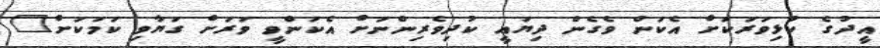
އީދުގެ ކުޅިވަރަކަށް އެކަން ވެގެން ދިޔައީ ކުދިވެރިންނަށް އެކަންވީ ވަރަށް ގަޔާވި ކަމަކަށް"